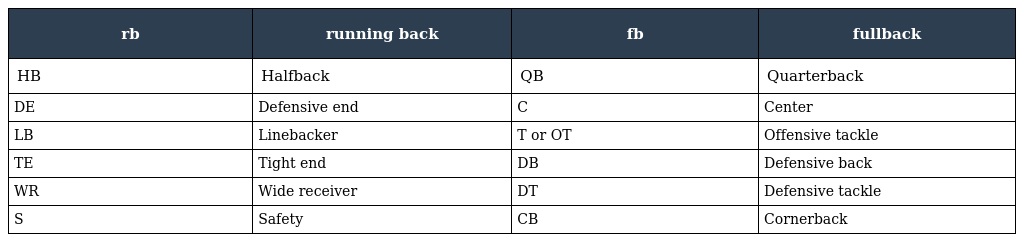
| rb | running back | fb | fullback |
 | --- | --- | --- | --- |
 | HB | Halfback | QB | Quarterback |
 | DE | Defensive end | C | Center |
 | LB | Linebacker | T or OT | Offensive tackle |
 | TE | Tight end | DB | Defensive back |
 | WR | Wide receiver | DT | Defensive tackle |
 | S | Safety | CB | Cornerback |